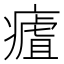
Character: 𤹡